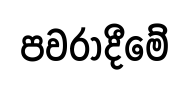
පවරාදීමේ